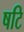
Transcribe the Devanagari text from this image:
षटि